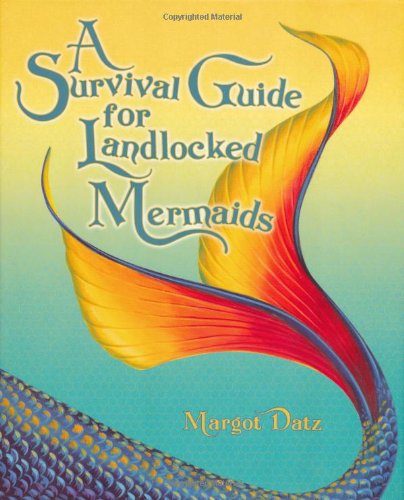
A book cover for A Survival Guide for Landlocked Mermaids; Margot Datz; Religion & Spirituality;